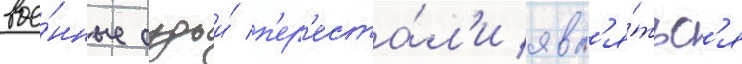
вое́нные судьи́ п'ер'еста́л'и явл'я́тьс'я